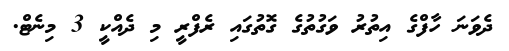
ދެވަނަ ހާފްގެ އިތުރު ވަގުތުގެ ގޮތުގައި ރެފްރީ މި ދެއްކީ 3 މިނެޓް.